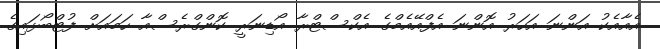
އެއާއެކު އަންނަ އަހަރު އޮންނަ އެފްއޭއެމްގެ އެކްސްޓްރާ އޯޑިނަރީ ކޮންގްރެސްއާ ހަމައަށް ފުޓްބޯޅައިގެ